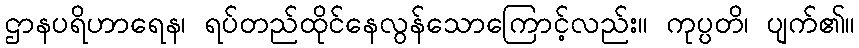
ဌာနပရိဟာရေန၊ ရပ်တည်ထိုင်နေလွန်သောကြောင့်လည်း။ ကုပ္ပတိ၊ ပျက်၏။